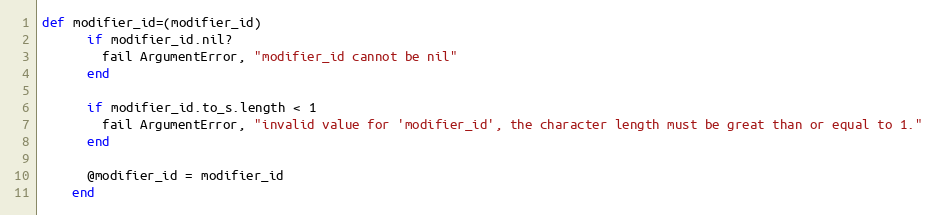
Language: Ruby
def modifier_id=(modifier_id)
      if modifier_id.nil?
        fail ArgumentError, "modifier_id cannot be nil"
      end

      if modifier_id.to_s.length < 1
        fail ArgumentError, "invalid value for 'modifier_id', the character length must be great than or equal to 1."
      end

      @modifier_id = modifier_id
    end